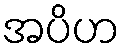
အပိဟ